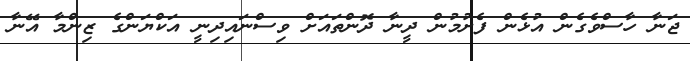
ޖަނާ ހާސްވެގެން އުޅެން ފެށުމުން ދީނާ ދޮންތައަށް ވިސްނައިދިނީ އަކްޔަންގެ ޒިންމާ އޭނާ